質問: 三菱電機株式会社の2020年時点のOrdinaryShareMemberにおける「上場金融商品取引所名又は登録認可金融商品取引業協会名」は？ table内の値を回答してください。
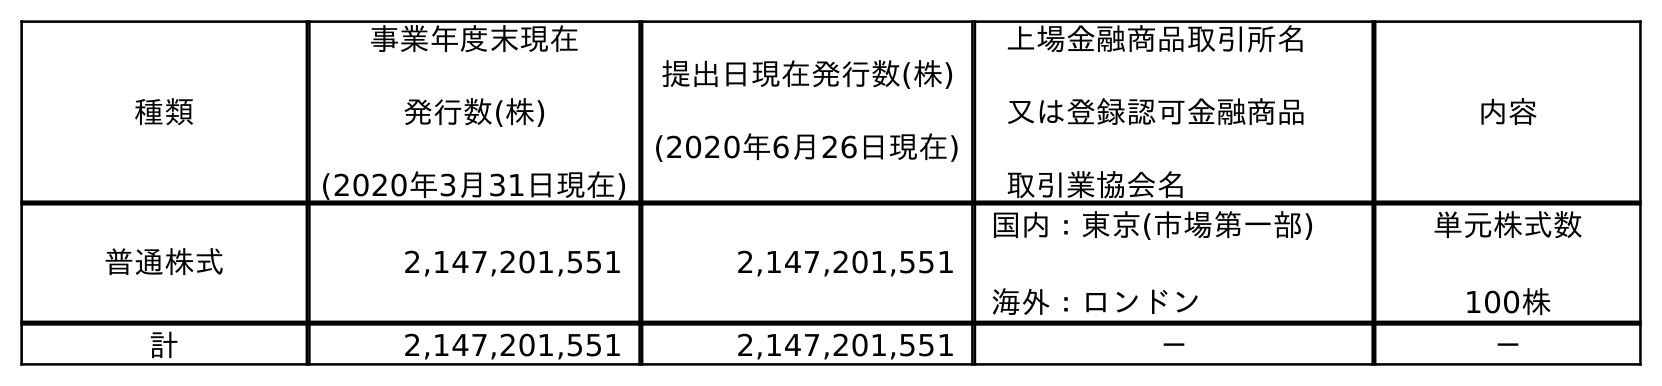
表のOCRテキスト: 種類 事業年度末現在 発行数(株) (2020年3月31日現在) 提出日現在発行数(株) (2020年6月26日現在) 上場金融商品取引所名 又は登録認可金融商品 取引業協会名 内容 普通株式 2,147,201,551 2,147,201,551 国内：東京(市場第一部) 海外：ロンドン 単元株式数 100株 計 2,147,201,551 2,147,201,551 － －
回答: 国内：東京(市場第一部)海外：ロンドン